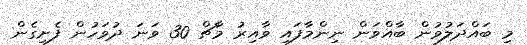
މި ބައްދަލުވުން ބާއްވަން ނިންމާފައި ވާއިރު މާޗް 30 ވަނަ ދުވަހުން ފެށިގެން